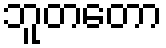
ဘူတတော